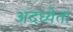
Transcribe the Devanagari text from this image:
अदध्येता